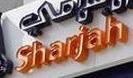
sharjah